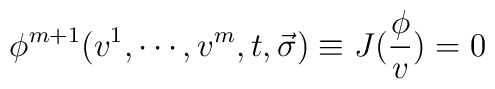
\phi ^{m+1}(v^1,\cdots ,v^m,t,\vec{\sigma})\equiv J(\frac \phi v)=0